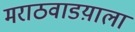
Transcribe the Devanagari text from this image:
मराठवाडय़ाला